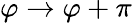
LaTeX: \varphi\rightarrow\varphi+\pi